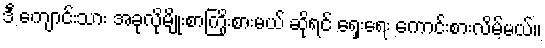
ဒီ ကျောင်းသား အခုလိုမျိုးစာကြိုးစားမယ် ဆိုရင် ရှေးရေး ကောင်းစားလိမ့်မယ်။